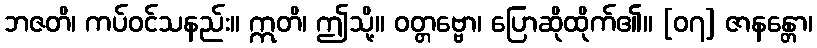
ဘဇတိ၊ ကပ်ဝင်သနည်း။ ဣတိ၊ ဤသို့။ ဝတ္တဗ္ဗော၊ ပြောဆိုထိုက်၏။ [၀၇] ဇာနန္တော၊